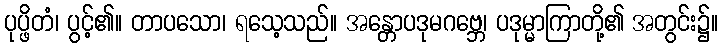
ပုပ္ဖိတံ၊ ပွင့်၏။ တာပသော၊ ရသေ့သည်။ အန္တောပဒုမဂဗ္ဘေ၊ ပဒုမ္မာကြာတို့၏ အတွင်း၌။